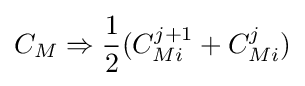
C_{M}\Rightarrow {\frac {1}{2}}(C_{Mi}^{j+1}+C_{Mi}^{j})